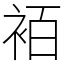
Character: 袹